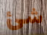
شئ